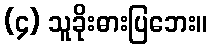
(၄) သူခိုးဓားပြဘေး။